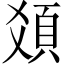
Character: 𩑛